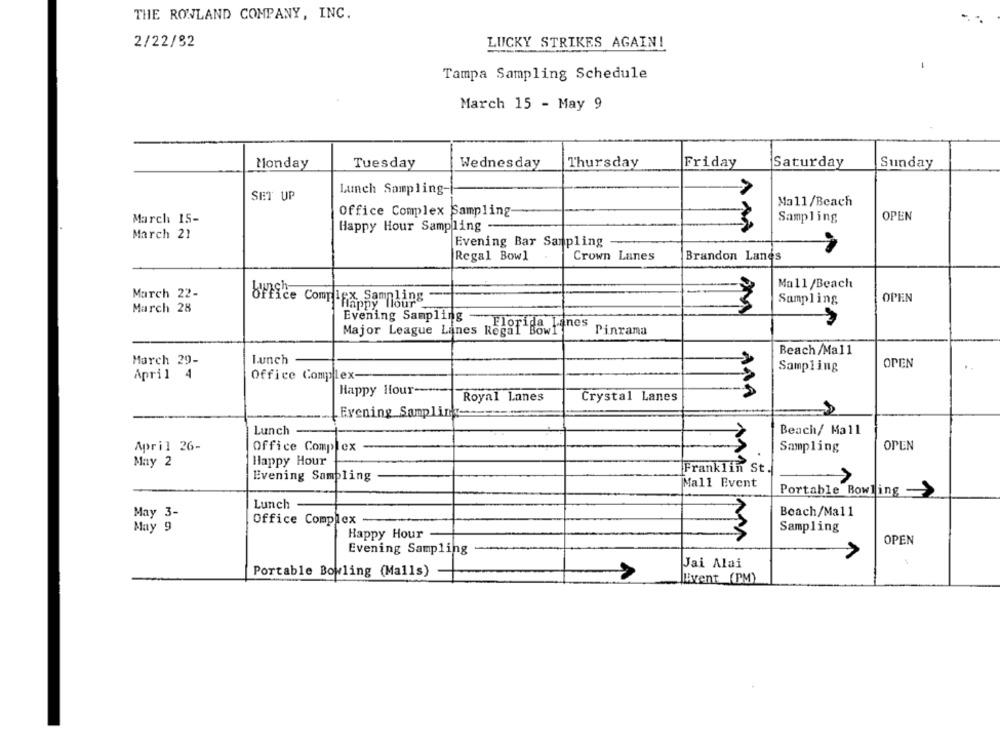
THE ROWLAND COMPANY, INC.
2/22/92
LUCKY STRIKES AGAIN!
Tampa Sampling Schedule
March 15 - May 9
Monday
Tuesday
Wednesday
Thursday
Friday
¡Saturday
Sunday
SET UP
Launch Sampling-
Ma11/Beach
Office Complex Sampling
OPEN
March 15-
Sampling
Happy Hour Sampling
March 21
Evening Bar Sampling
Regal Bowl
Crown Lanes
Brandon Lanes
Mall /Beach
March 22-
office Complex Samnl
Sampling
OPEN
March 28
Evening Sampling
Florida Lanes
Pinrama
Major League Lanes Regal Bowl
Beach /Mal1
Lunch
March 29-
Sampling
OPEN
April 4
Office Complex-
Happy Hour ----
Royal Lanes
Crystal Lanes
ANA
Evening Sampling-
Lunch
Beach/ Mall
April 26-
Office Complex
Sampling
OPEN
May 2
Happy Hour
Franklin St.
Evening Sampling
Mall Event
Portable Bowling -
Lunch
>
May 3-
Beach/Ma11
Office Complex -
May 9
Sampling
Happy Hour
OPEN
Evening Sampling
Jai Alai
Portable Bowling (Malls)
LAvent (PM)